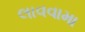
લાવવામા